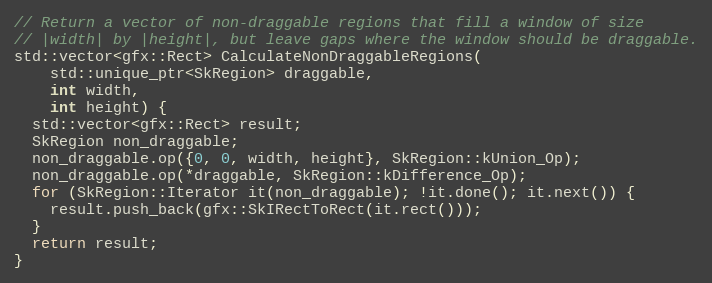
Language: C++
// Return a vector of non-draggable regions that fill a window of size
// |width| by |height|, but leave gaps where the window should be draggable.
std::vector<gfx::Rect> CalculateNonDraggableRegions(
    std::unique_ptr<SkRegion> draggable,
    int width,
    int height) {
  std::vector<gfx::Rect> result;
  SkRegion non_draggable;
  non_draggable.op({0, 0, width, height}, SkRegion::kUnion_Op);
  non_draggable.op(*draggable, SkRegion::kDifference_Op);
  for (SkRegion::Iterator it(non_draggable); !it.done(); it.next()) {
    result.push_back(gfx::SkIRectToRect(it.rect()));
  }
  return result;
}